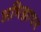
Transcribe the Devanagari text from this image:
अभिज्ञापन